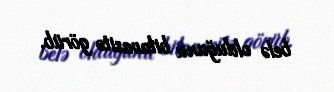
belə olduğunu bilavasitə görüb.